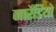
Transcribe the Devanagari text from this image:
नार्रेडियो